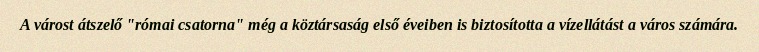
A várost átszelő "római csatorna" még a köztársaság első éveiben is biztosította a vízellátást a város számára.